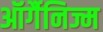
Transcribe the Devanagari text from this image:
ऑर्गैनिज्म